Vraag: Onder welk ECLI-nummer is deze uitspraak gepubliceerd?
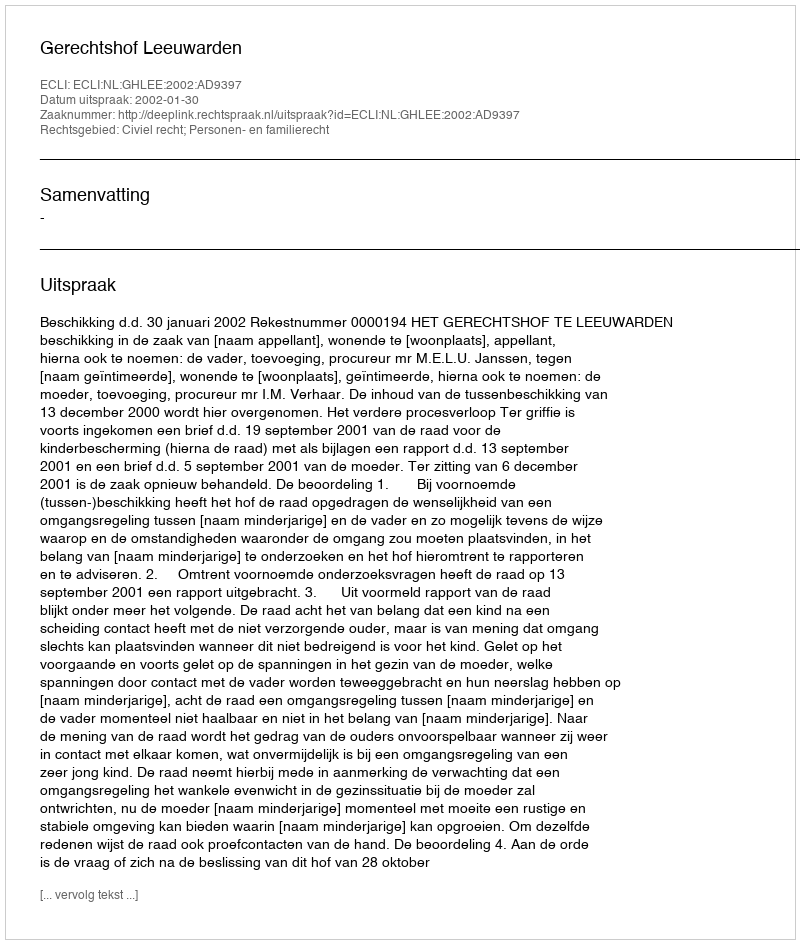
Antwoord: ECLI:NL:GHLEE:2002:AD9397